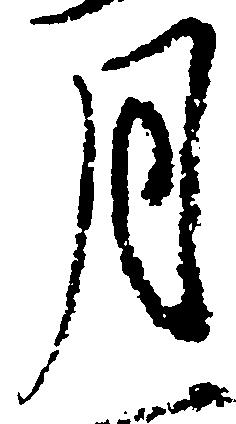
月